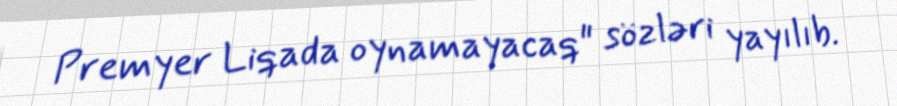
Premyer Liqada oynamayacaq" sözləri yayılıb.